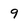
Character: 9